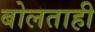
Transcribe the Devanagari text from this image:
बोलताही